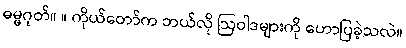
ဓမ္မဂုတ်။ ။ ကိုယ်တော်က ဘယ်လို ဩဝါဒများကို ဟောပြခဲ့သလဲ။